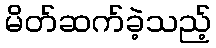
မိတ်ဆက်ခဲ့သည့်